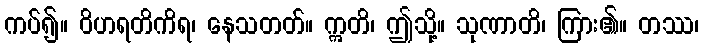
ကပ်၍။ ဝိဟရတိကိရ၊ နေသတတ်။ ဣတိ၊ ဤသို့။ သုဏာတိ၊ ကြား၏။ တဿ၊